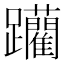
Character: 躪